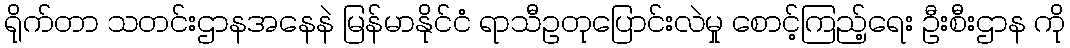
ရိုက်တာ သတင်းဌာနအနေနဲ မြန်မာနိုင်ငံ ရာသီဥတုပြောင်းလဲမှု စောင့်ကြည့်ရေး ဦးစီးဌာန ကို